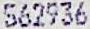
562936